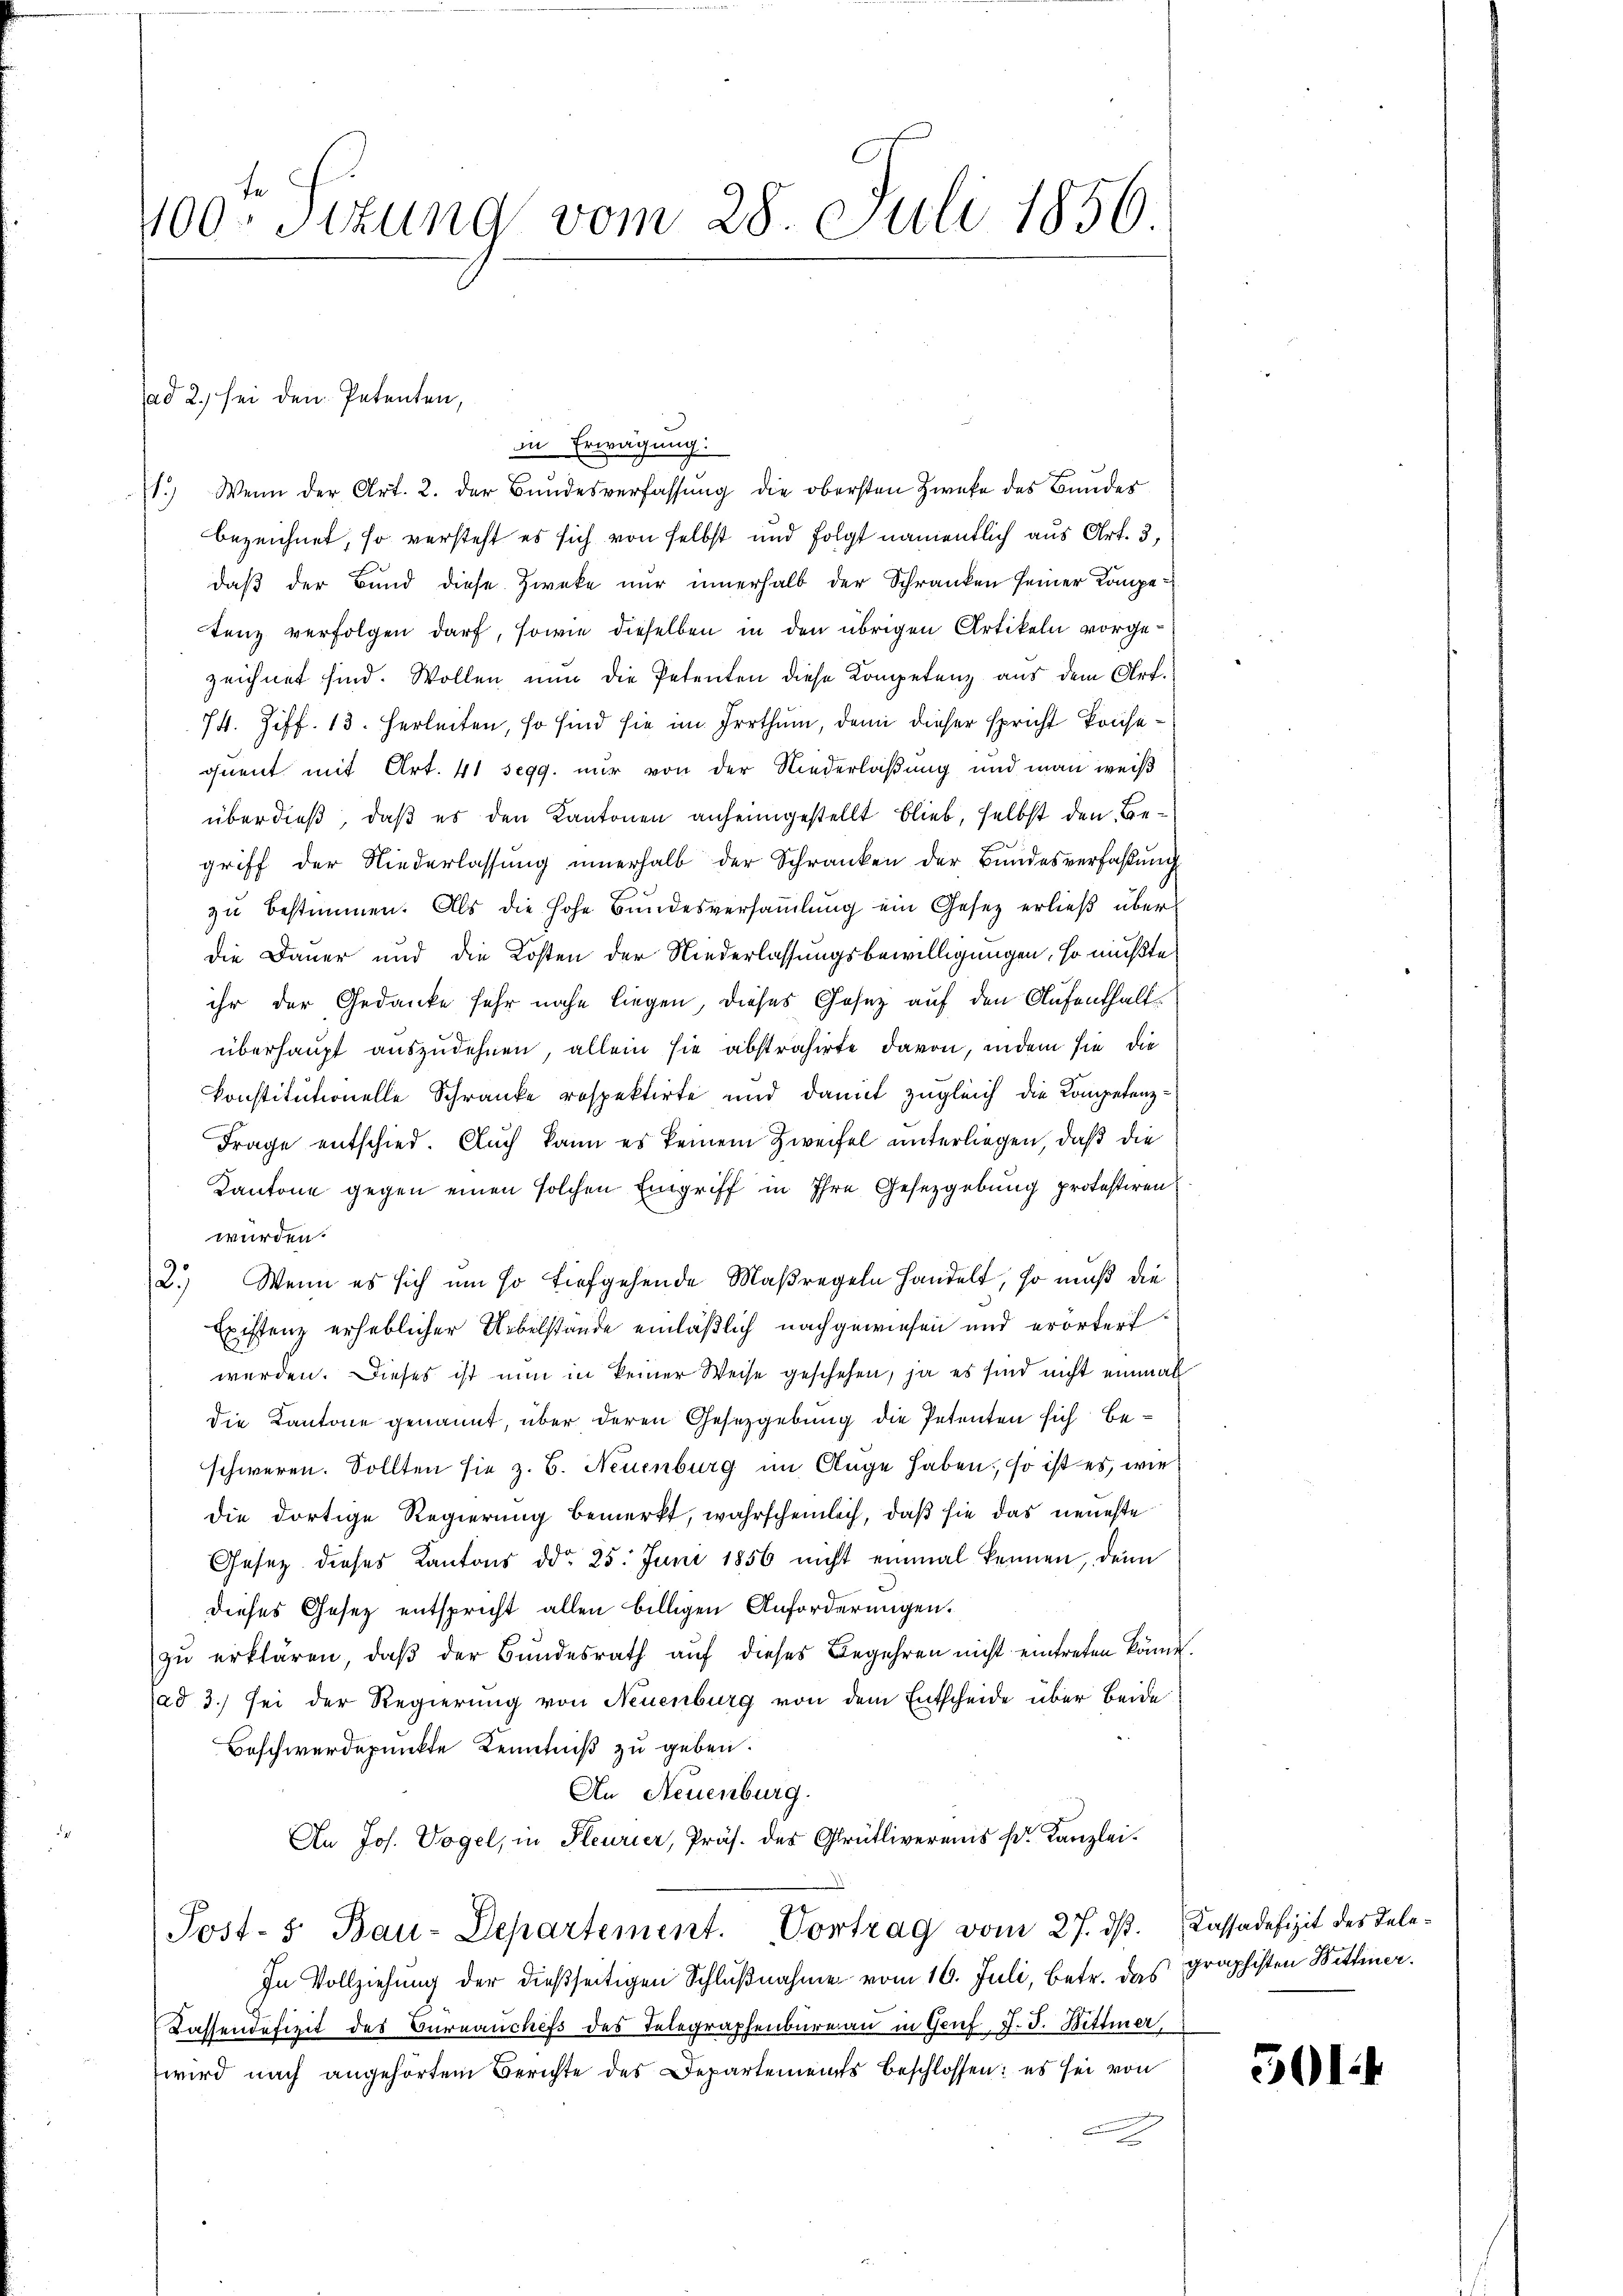
400 sizung vom 28. Juli 1856.

in Erwägung
1.) Wenn der Art. 2. der Bŭndesverfassŭng die obersten Zwecke des Bundes
bezeichnet, so versteht es sich von selbst und folgt namentlich aus Art. 3,
daß der Bund diese Zweke nur innerhalb der Schranken seiner Kompe
tenz verfolgen darf, sowie dieselben in den übrigen Artikeln vorgezeichnet sind. Wollen nun die Petenten diese Kompetenz aus dem Art.
74. Ziff. 13. herleiten, so sind sie im Irrthum, denn dieser spricht konsequent mit Art. 41 segg. nur von der Niederlaßung und man weiß
überdieß, daß es den Kantonen anheimgestellt blieb, selbst den Begriff der Niederlassung innerhalb der Schranken der Bundesverfaßung
zu bestimmen. Als die hohe Bundesversammlung ein Gesetz erließ über
die Dauer und die Kosten der Niederlassungsbewilligungen, so müßte
ihr der Gedanke sehr nahe liegen, dieses Gesez auf den Aufenthaltüberhaupt auszudehnen, allein sie abstrahirte davon, indem sie die
konstitutionelle Schranke respektirte und damit zugleich die Kompetenz¬
Frage entschied. Auch kann es keinem Zweifel unterliegen, daß die
Kantone gegen einen solchen Eingriff in Ihre Gesetzgebung protestiren
wurden.
2.) Wenn es sich um so tiefgehende Maßregeln handelt, so muß die
Existenz erheblicher Uebelstände einläßlich nachgewiesen und erörtert
werden. Dieses ist nun in keiner Weise geschehen, ja es sind nicht einmal
die Kantone genannt, über deren Gesetzgebung die Petenten sich beschweren. Sollten sie z. B. Neuenburg im Auge haben, so ist es, wie
die dortige Regierung bemerkt, wahrscheinlich, daß sie das neueste
Gesetz dieses Kantons ddo 25. Juni 1856 nicht einmal kennen, denn
dieses Gesetz entspricht allen billigen Anforderungen.
zŭ erklären, daβ der Bundesrath aŭf dieses Begehren nicht eintreten könne.
ad 3.) sei der Regierung von Neuenburg von dem Entscheide über beide
Beschwerdepunkte Kenntniß zu geben.
An Neuenburg.
An Jos. Vogel, in Pleurier, Präs. des Grütlivereins (d. Kanzlei-
Post- 5. Bau-Departement. Vortrag vom 27. ds. Cassadefizit des Tele¬
In Vollziehung der dießseitigen Schlußnahme vom 16. Juli, betr. das
Kassendefizit des Burnauchefs des Telegraphenbüreau in Genf, F. J. Hittmer,
wird nach angehörtem Berichte des Departements beschlossen: es sei von

ad 2., sei den Petenten,

graphisten Bittener.

501